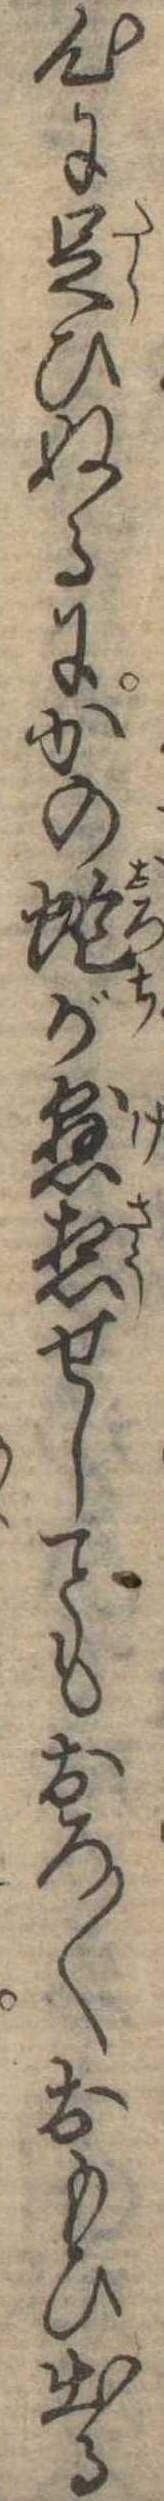
心に足ひぬるにかの蛇が懸想せしもおろ〱おもひ出る